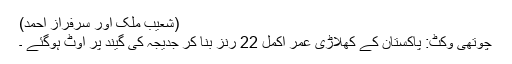
(شعیب ملک اور سرفراز احمد)
چوتھی وکٹ: پاکستان کے کھلاڑی عمر اکمل 22 رنز بنا کر جدیجہ کی گیند پر آوٹ ہوگئے ۔